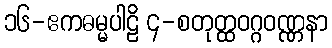
၁၆-ဧကဓမ္မပါဠိ ၄-စတုတ္ထဝဂ္ဂဝဏ္ဏနာ